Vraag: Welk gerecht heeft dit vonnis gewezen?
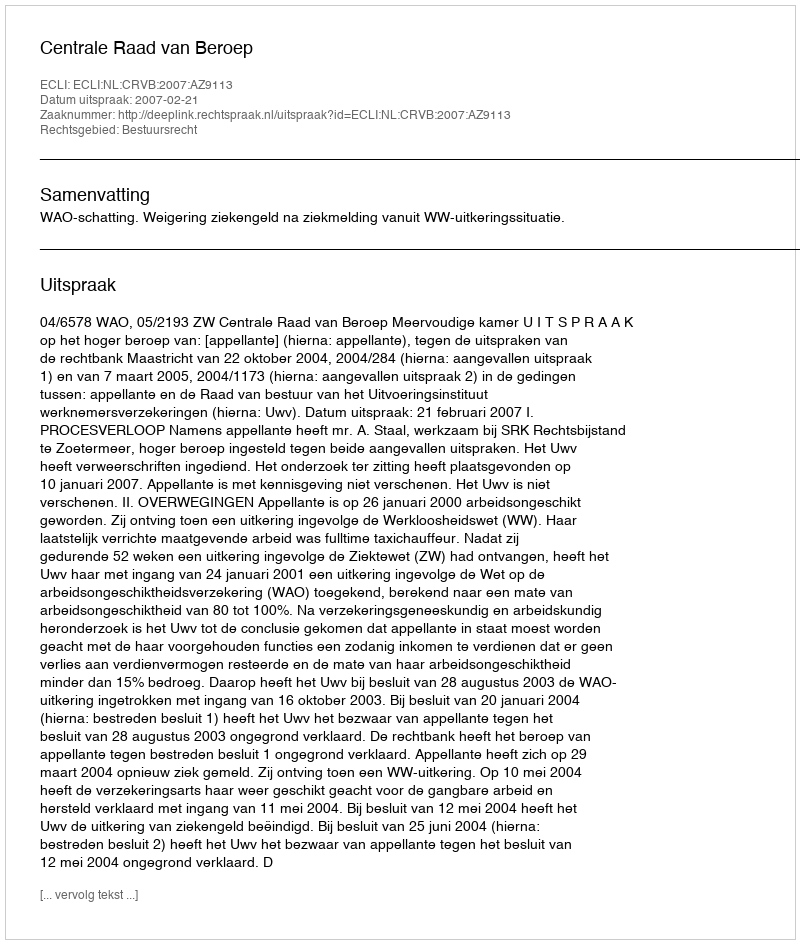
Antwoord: Centrale Raad van Beroep